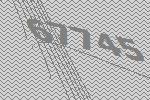
67745